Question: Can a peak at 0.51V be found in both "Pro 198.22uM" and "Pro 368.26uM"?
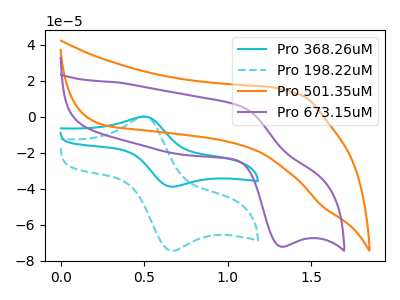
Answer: <think>The cyan curve "Pro 368.26uM" has an anodic peak at (0.50V, 0.00uA) and a cathodic peak at (0.65V, -38.85uA). The cyan dashed curve "Pro 198.22uM" has an anodic peak at (0.50V, 0.00uA) and a cathodic peak at (0.65V, -74.40uA). The orange curve "Pro 501.35uM" has no peaks. The purple curve "Pro 673.15uM" has an anodic peak at (1.05V, 6.05uA) and a cathodic peak at (1.30V, -72.15uA).</think>
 <answer>Yes, "Pro 198.22uM" and "Pro 368.26uM" share a peak at 0.51V.</answer>
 <eval>match</eval>